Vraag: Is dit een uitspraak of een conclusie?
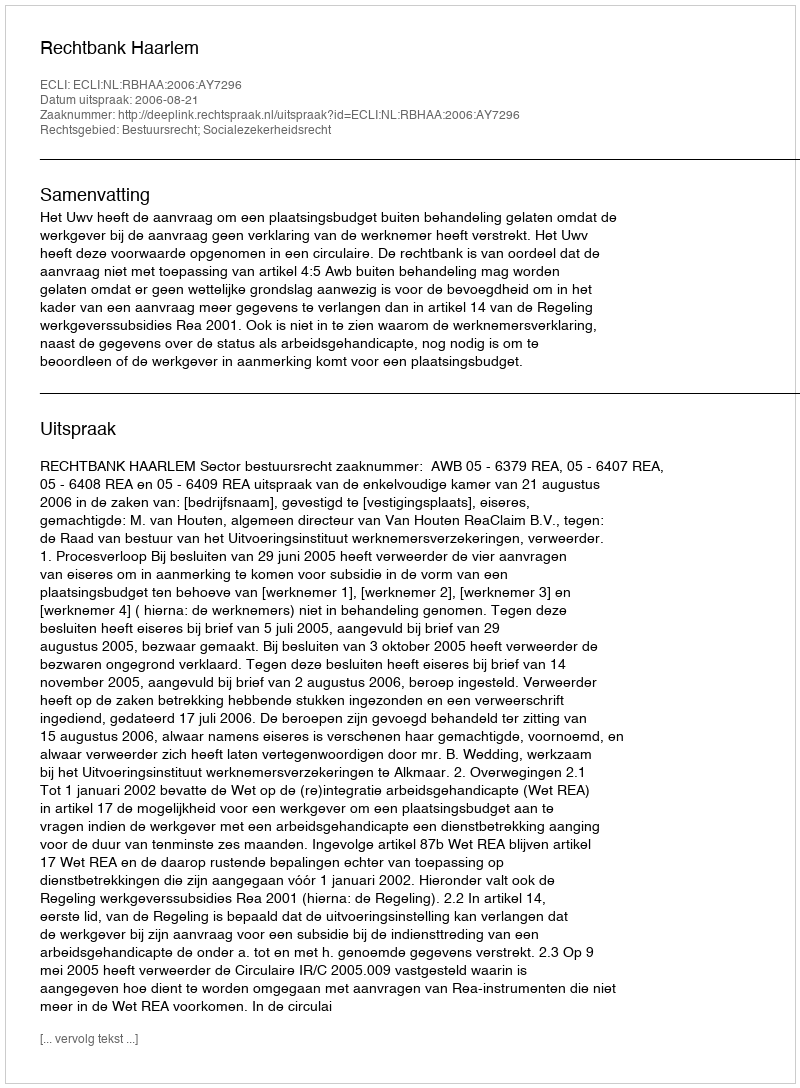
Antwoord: Uitspraak